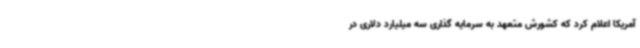
آمریکا اعلام کرد که کشورش متعهد به سرمایه گذاری سه میلیارد دلاری در